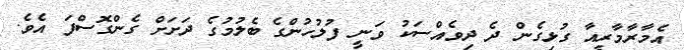
އެމާރާމާރީއާ ގުޅިގެން ދެ ދިވެއްސަކު ވަނީ ފުލުހުންގެ ބެލުމުގެ ދަށަށް ގެންގޮސްފަ އެވެ.